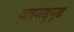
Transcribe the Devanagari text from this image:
वातपराङ्‌मुख